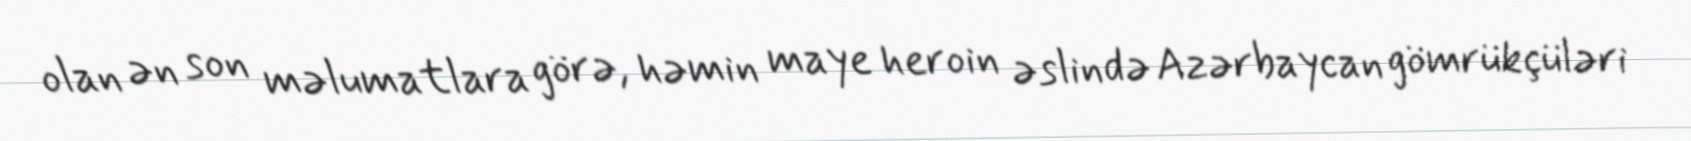
olan ən son məlumatlara görə, həmin maye heroin əslində Azərbaycan gömrükçüləri